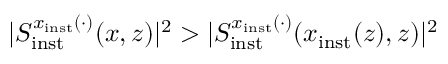
\vert S _ { \mathrm { i n s t } } ^ { x _ { \mathrm { i n s t } } ( \cdot ) } ( x , z ) \vert ^ { 2 } > \vert S _ { \mathrm { i n s t } } ^ { x _ { \mathrm { i n s t } } ( \cdot ) } ( x _ { \mathrm { i n s t } } ( z ) , z ) \vert ^ { 2 }